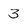
Character: 3